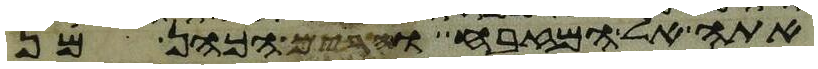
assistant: אתה אל המזבח והרים הכהן מן